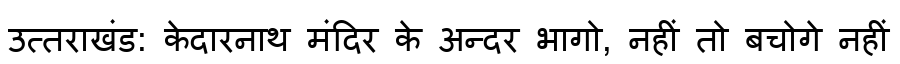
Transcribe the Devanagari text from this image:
उत्तराखंड: केदारनाथ मंदिर के अन्दर भागो, नहीं तो बचोगे नहीं